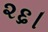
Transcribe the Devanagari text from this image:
२६।